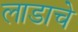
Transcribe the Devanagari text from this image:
लाडाचे